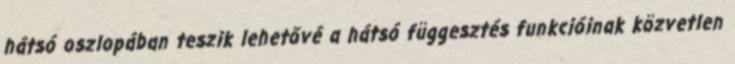
hátsó oszlopában teszik lehetővé a hátsó függesztés funkcióinak közvetlen